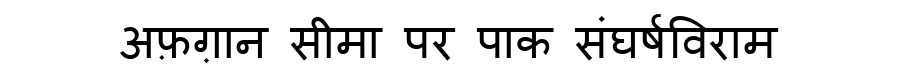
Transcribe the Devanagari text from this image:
अफ़ग़ान सीमा पर पाक संघर्षविराम